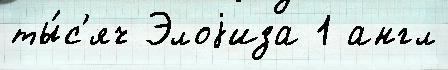
ты́с'яч Элоjиза 1 англ